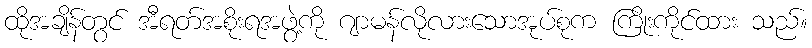
ထိုအချိန်တွင် အီရတ်အစိုးရအဖွဲ့ကို ဂျာမန်လိုလားသောအုပ်စုက ကြိုးကိုင်ထား သည်။